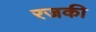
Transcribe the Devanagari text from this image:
रजकी